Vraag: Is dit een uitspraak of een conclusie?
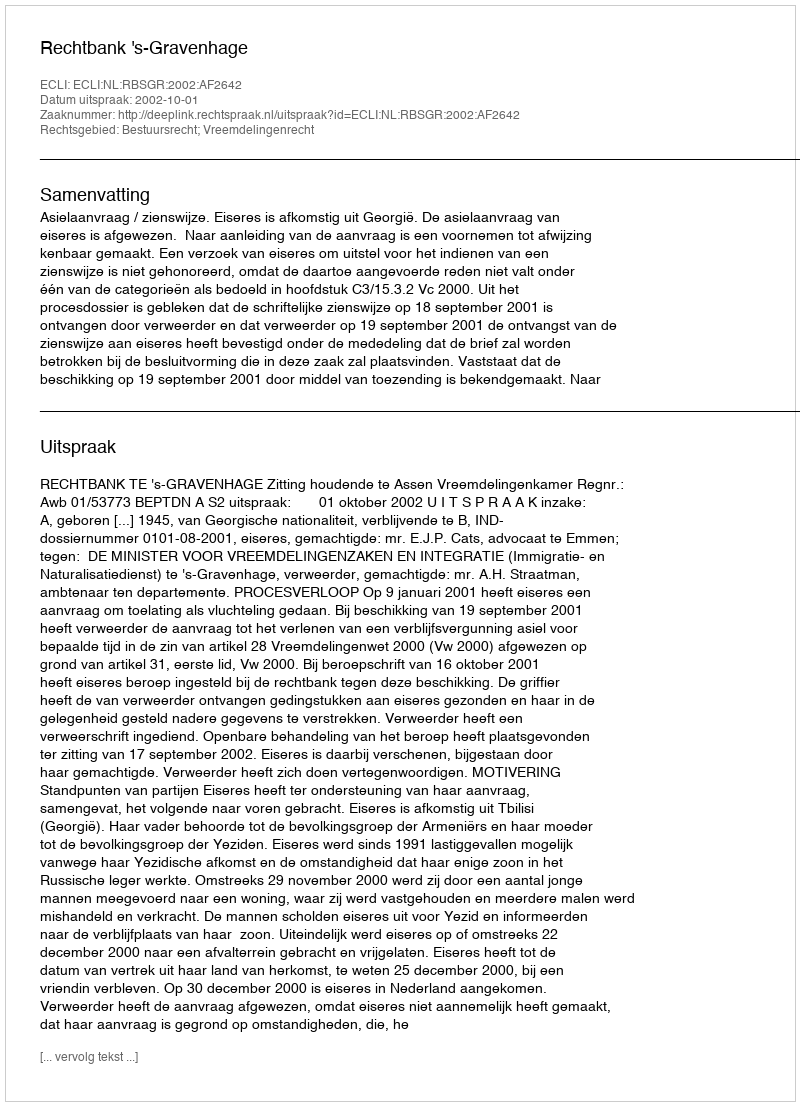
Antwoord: Uitspraak